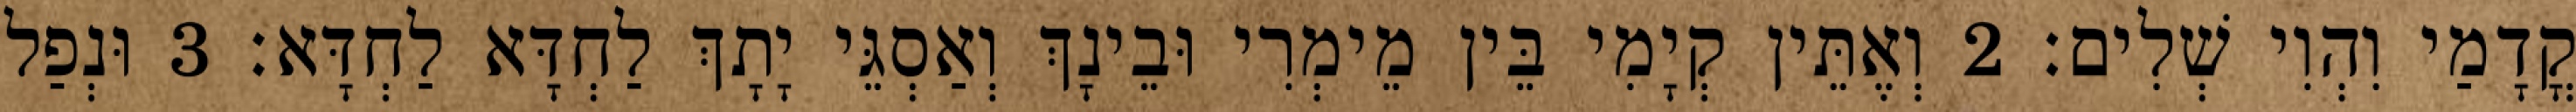
קֳדָמַי וִהְוִי שְׁלִים׃ 2 וְאֶתֵּין קְיָמִי בֵּין מֵימְרִי וּבֵינָךְ וְאַסְגֵּי יָתָךְ לַחְדָּא לַחְדָּא׃ 3 וּנְפַל